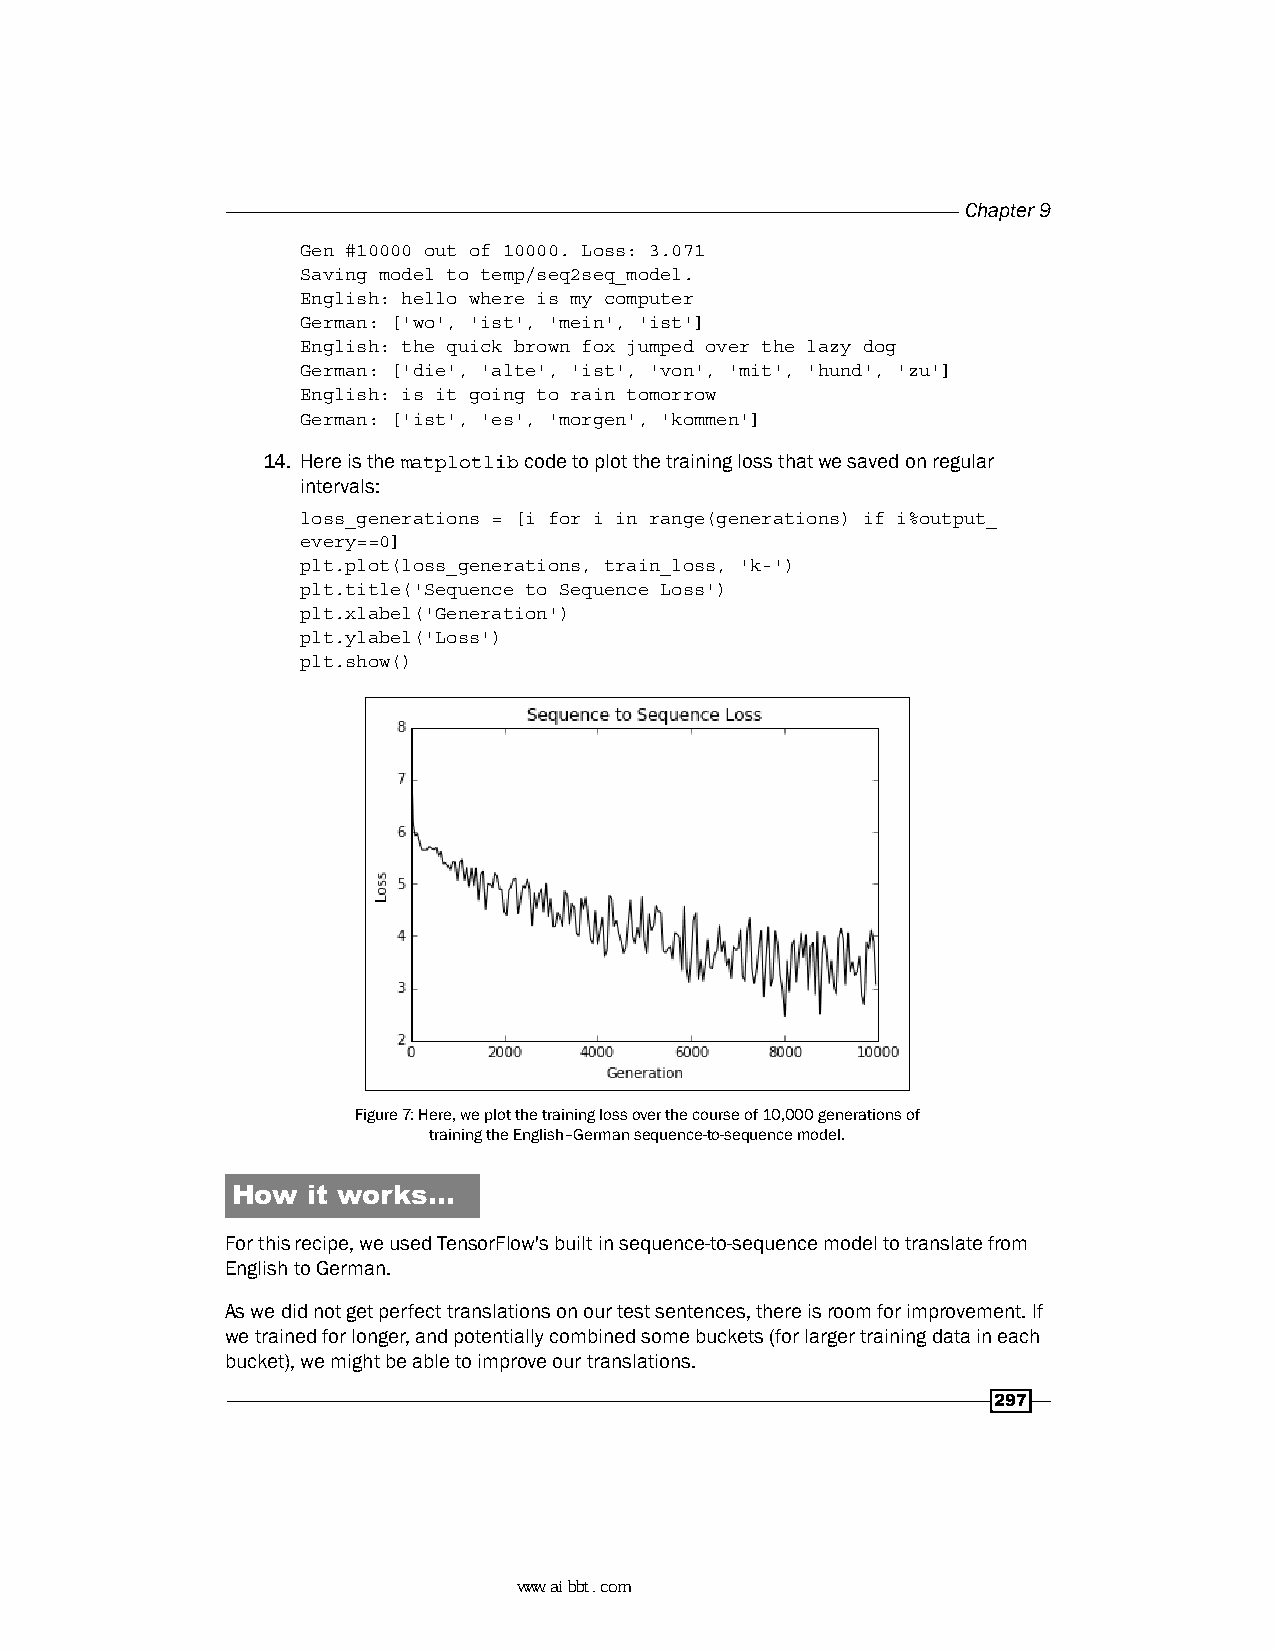
Chapter 9
 Gen #10000 out of 10000. Loss: 3.071
 Saving model to temp/seq2seq_model.
 English: hello where is my computer
 German: ['wo', 'ist', 'mein', 'ist']
 English: the quick brown fox jumped over the lazy dog
 German: ['die', 'alte', 'ist', 'von', 'mit', 'hund', 'zu']
 English: is it going to rain tomorrow
 German: ['ist', 'es', 'morgen', 'kommen']
 14. Here is the matplotlib code to plot the training loss that we saved on regular
 intervals:
 loss_generations = [i for i in range(generations) if i%output_
 every==0]
 plt.plot(loss_generations, train_loss, 'k-')
 plt.title('Sequence to Sequence Loss')
 plt.xlabel('Generation')
 plt.ylabel('Loss')
 plt.show()
 Figure 7: Here, we plot the training loss over the course of 10,000 generations of
 training the English–German sequence-to-sequence model.
 How  it works…
 For this recipe, we used TensorFlow's built in sequence-to-sequence model to translate from
 English to German.
 As we did not get perfect translations on our test sentences, there is room for improvement. If
 we trained for longer, and potentially combined some buckets (for larger training data in each
 bucket), we might be able to improve our translations.
 297
 www.aibbt.com 让未来触手可及